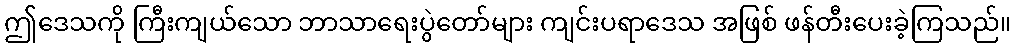
ဤဒေသကို ကြီးကျယ်သော ဘာသာရေးပွဲတော်များ ကျင်းပရာဒေသ အဖြစ် ဖန်တီးပေးခဲ့ကြသည်။